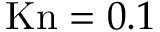
\mathrm { K n } = 0 . 1